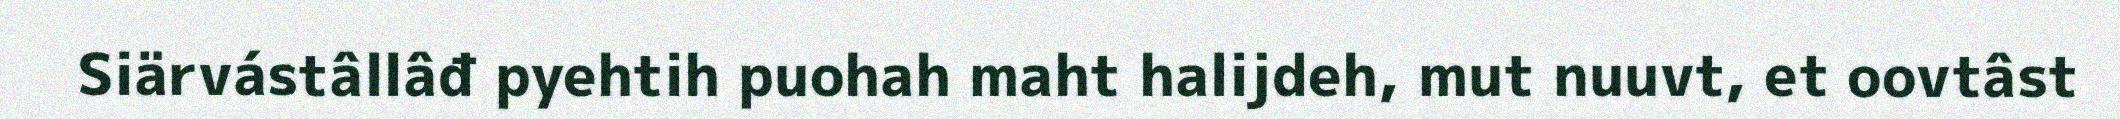
Siärvástâllâđ pyehtih puohah maht halijdeh, mut nuuvt, et oovtâst